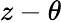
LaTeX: z-\theta